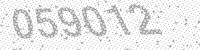
Solution: 059012